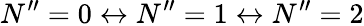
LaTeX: N^{\prime\prime}=0\leftrightarrow N^{\prime\prime}=1\leftrightarrow N^{\prime\prime}=2